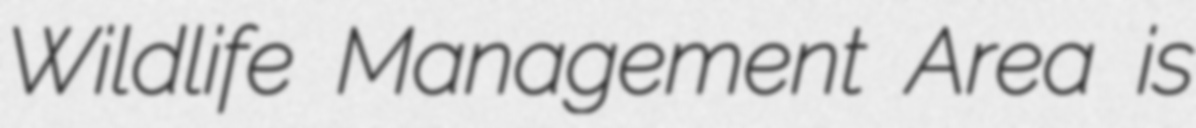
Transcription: Wildlife Management Area is